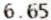
6.65